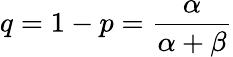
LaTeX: q=1-p={\frac{\alpha}{\alpha+\beta}}